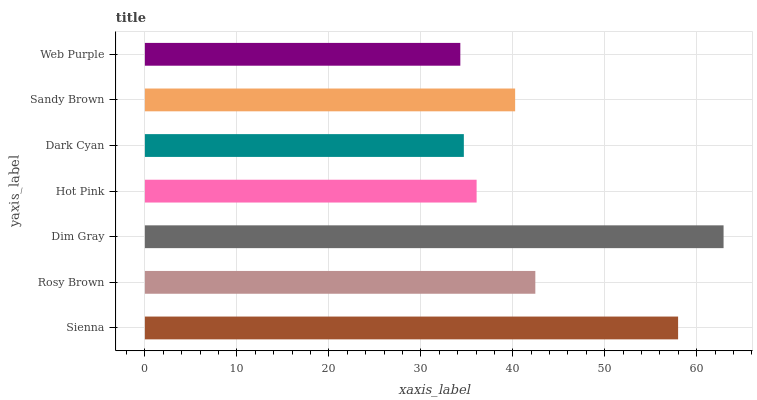
| yaxis_label | bars |
 | --- | --- |
 | Sienna | 58 |
 | Rosy Brown | 42.5 |
 | Dim Gray | 62.9 |
 | Hot Pink | 36.1 |
 | Dark Cyan | 34.7 |
 | Sandy Brown | 40.3 |
 | Web Purple | 34.3 |